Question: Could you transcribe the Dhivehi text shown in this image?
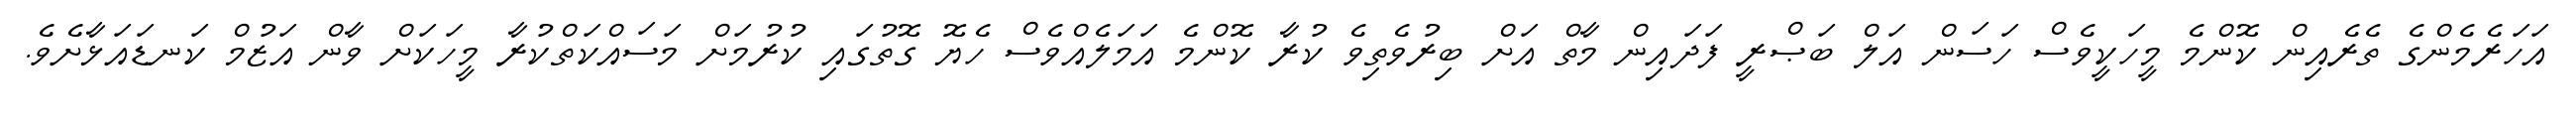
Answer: އަހަރެމެންގެ ތެރެއިން ކޮންމެ މީހަކީވެސް ހަސަން އަލް ބަޞްރީ ފަދައިން މާތް އަށް ބިރުވެތިވެ ކުރާ ކޮންމެ އަމަލެއްވެސް ހެޔޮ ގޮތުގައި ކުރުމަށް މަސައްކަތްކުރާ މީހަކަށް ވާން އަޒުމް ކަނޑައަޅާށެވެ.